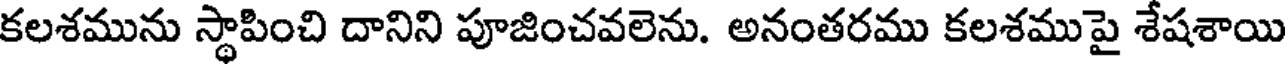
కలశమును స్థాపించి దానిని పూజించవలెను. అనంతరము కలశముపై శేషశాయి